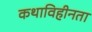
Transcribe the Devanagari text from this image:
कथाविहीनता